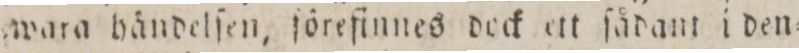
wara händelſen, ſöreſinnes deck ett ſådant i den=